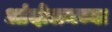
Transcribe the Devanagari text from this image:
आंदोलनच्या